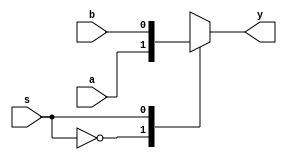
module mux2_1(input a,input b,input s,output reg y);

 //behavioral modelling
  always @(a,b)
    
      case(s)
      0: begin y= a; end
      1: begin y= b; end
      endcase

endmodule